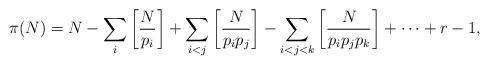
LaTeX: \begin{align*} \pi(N)=N-\sum_i\left[\frac{N}{p_i}\right] +\sum_{i<j}\left[\frac{N}{p_ip_j}\right] -\sum_{i<j<k}\left[\frac{N}{p_ip_jp_k}\right]+\cdots +r-1, \end{align*}